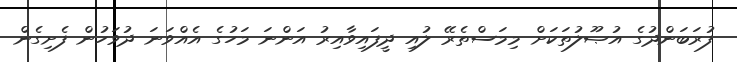
ފުރަބަންދުގެ އުޞޫލުތަކަށް މިމަސްތެރޭ ލުއި ދީފައިވާއިރު އަންނަ މަހުގެ އެއްވަނަ ދުވަހުން ފެށިގެން